Report on malaria in the Punjab during the year ...  together with an account of the work of the Punjab Malaria Bureau - Volume 5
Disease focus: Malaria
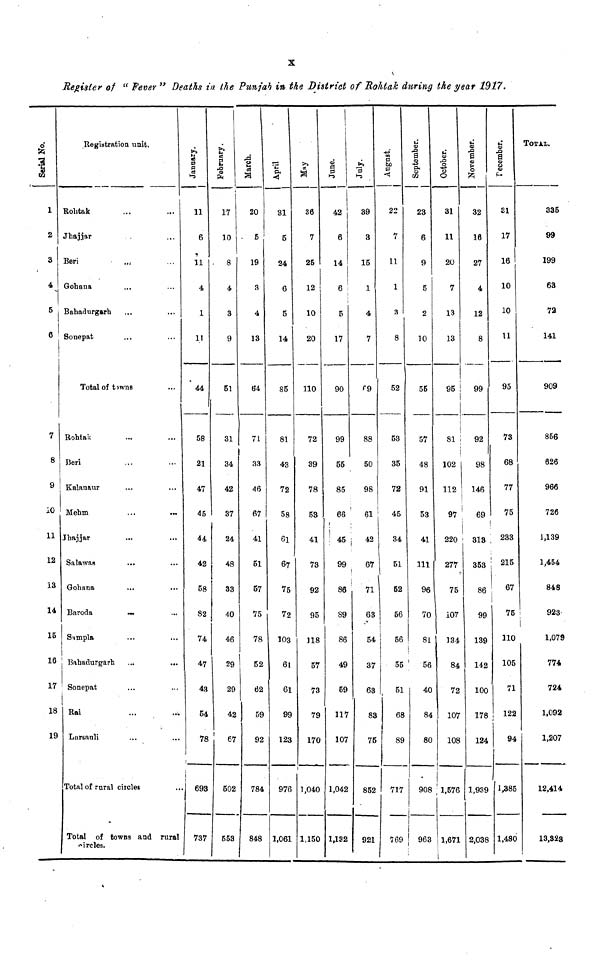
X
Register of " Fever " Deaths in the Punjab in the District of Rohtak during the year 1917.
3
1
2
3
4
5
6
i
7
8
9
10
11
12
13
14
15
16
17
18
19
Registration unit.
Rohtak
Jhajjar
Beri
Gohana
Bahadurgarh
Sonepat
...
...
...
Total of towns
Rohtak
Beri
Kalanaur
Mehm
Jhajjar
Salawas
Gohana
Baroda
Simpla
Bahadurgarh
Sonepat
Rai
Lareauli
Total of rural c
Total of towns
circles.
...
...
...
...
...
...
...
vns and
...
...
...
...
...
...
...
...
...
...
...
...
...
...
...
rural
a
a
a
11
6
11
4
1
1!
44
58
21
47
45
44
42
58
82
74
47
43
54
78
i
i
693
737
February.
1
•
17
10
8
4
3
9
51
31
34
42
37
24
48
33
40
46
29
29
42
67
502
553
i
20
5
19
3
4
13
64
71
33
46
67
41
51
57
75
78
52
62
59
92
784
848
31
5
24
6
5
14
85
81
43
72
58
61
67
75
72
103
61
61
99
123
976
1,061
May,
36
7
25
12
10
20
no
72
39
78
53
41
73
92
95
118
57
73
79
170
1,040
1,150
8
42
6
14
6
5
17
90
99
55
85
66
45
99
86
89
86
49
59
117
107
1,042
1,132
July
39
3
15
1
4
7
99
88
50
98
61
42
67
71
63
54
37
63
83
75
852
921
22
7
11
1
3
8
52
53
35
72
45
34
51
52
56
56
55
51
68
89
717
769
September.
23
6
9
5
2
10
55
57
48
91
53
41
111
96
70
81
i
56
40
84
80
908
963
October.
31
11
20
7
13
13
95
81
102
112
97
220
277
75
107
134
84
72
107
108
1,576
1,671
November.
32
16
27
4
12
8
99
92
98
146
69
313
353
86
99
139
142
100
178
124
1,939
2,038
Fecember.
81
17
16
10
10
11U
95
73
68
77
75
233
215
67
75
no
105
71
122
94
1,385
1,480
TOTAL.
335
99
199
63
72
141
909
856
626
966
726
1,139
1,454
848
1,079
774
724
1,092
1,207
12,414
13,323